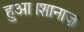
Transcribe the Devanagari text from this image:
हुआ।शानाज़